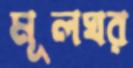
মূলঘর